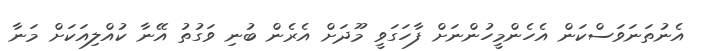
އެނުތަނަވަސްކަން އެހެންމީހުންނަށް ފާހަގަވީ މޫދަށް އެރެން ބުނި ވަގުތު އޭނާ ކުއްލިއަކަށް މަނާ